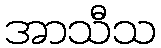
အာသီသ